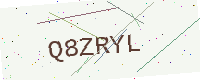
Text: Q8ZRYL